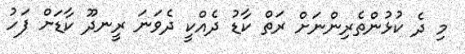
މި ދެ ކުޅުންތެރިންނަށް ރަތް ކާޑު ދެއްކީ ދެވަނަ ރީނދޫ ކާޑަށް ފަހު